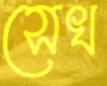
সেখ